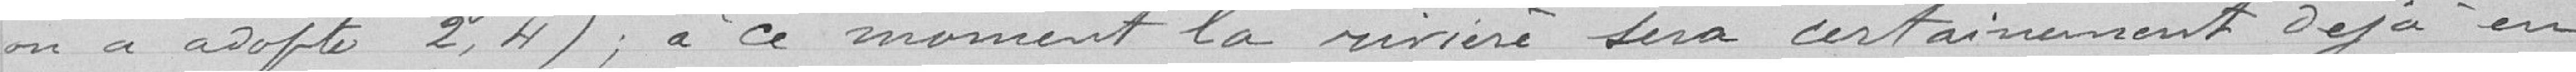
on a adopté 2,4 ; à ce moment la rivière sera certainement déjà en